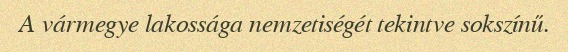
A vármegye lakossága nemzetiségét tekintve sokszínű.